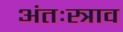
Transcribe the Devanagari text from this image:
अंतःस्त्राव